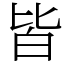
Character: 皆